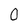
Character: 0